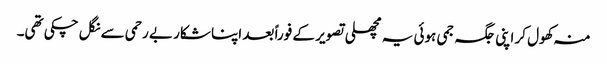
منہ کھول کر اپنی جگہ جمی ہوئی یہ مچھلی تصویر کے فوراً بعد اپنا شکار بے رحمی سے نگل چکی تھی۔